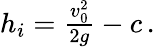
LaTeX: \begin{array}{r}{h_{i}=\frac{v_{0}^{2}}{2g}-c\, .}\end{array}